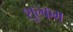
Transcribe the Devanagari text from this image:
शुल्कम